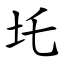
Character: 圫